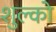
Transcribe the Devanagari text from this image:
शुल्को